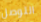
التوصل